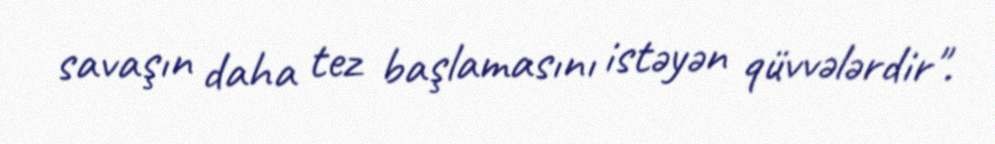
savaşın daha tez başlamasını istəyən qüvvələrdir".